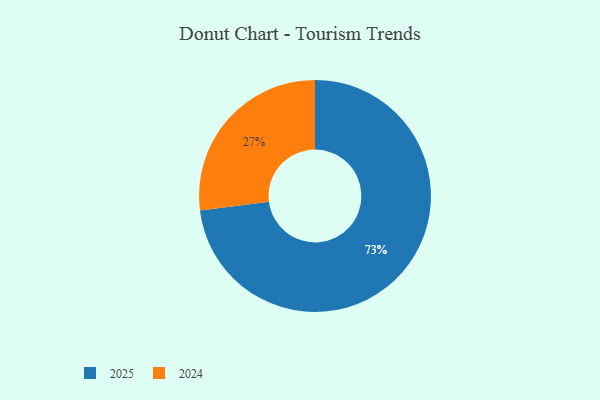
{"axis": {"x": "Category", "y": "Percentage"}, "legend": ["2024", "2025"], "data": [{"x": "2025", "y": 73, "type": "2025"}, {"x": "2024", "y": 27, "type": "2024"}]}